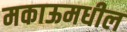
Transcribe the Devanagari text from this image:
मकाऊमधील